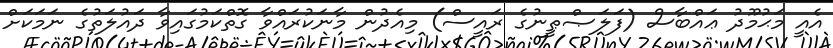
އެއީ މަޙުމޫދު ޢައްބާސް (ފަލަޞްޠީނުގެ ރައީސް) މިއެދުން މާނަކުރައްވާ ގޮތްކަމުގައިވާ ދައުލަތުގެ ނަމަކަށް